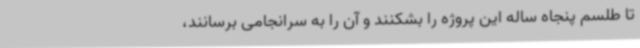
تا طلسم پنجاه ساله این پروژه را بشکنند و آن را به سرانجامی برسانند،